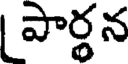
పార్థన